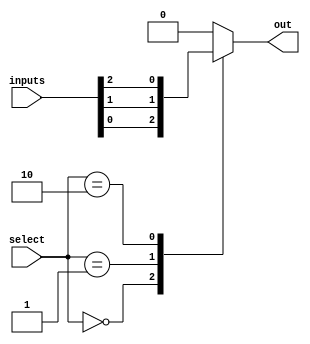
module mux512to1 (
    input [511:0] inputs,
    input [8:0] select,
    output reg out
);

always @(*) begin
    case (select)
        9'b000000000: out = inputs[0];
        9'b000000001: out = inputs[1];
        9'b000000010: out = inputs[2];
        // ... continue with all possible select combinations up to 512
        default: out = 0; // default case if no valid select combination
    endcase
end

endmodule